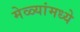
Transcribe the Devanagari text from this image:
मेळ्यांमध्ये